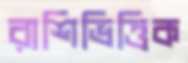
রাশিভিত্তিক